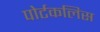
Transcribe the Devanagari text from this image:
पोर्टकलिस